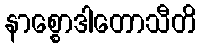
နာစ္စောဒါတောသီတိ